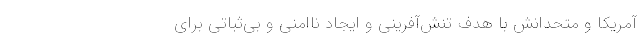
آمریکا و متحدانش با هدف تنش‌آفرینی و ایجاد نا‌امنی و بی‌ثباتی برای